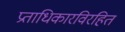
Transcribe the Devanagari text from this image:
प्रताधिकारविरहित